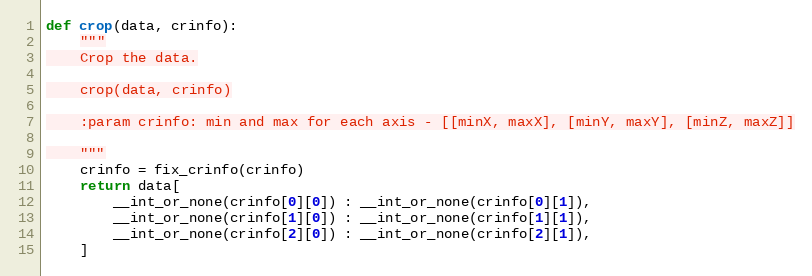
Language: Python
def crop(data, crinfo):
    """
    Crop the data.

    crop(data, crinfo)

    :param crinfo: min and max for each axis - [[minX, maxX], [minY, maxY], [minZ, maxZ]]

    """
    crinfo = fix_crinfo(crinfo)
    return data[
        __int_or_none(crinfo[0][0]) : __int_or_none(crinfo[0][1]),
        __int_or_none(crinfo[1][0]) : __int_or_none(crinfo[1][1]),
        __int_or_none(crinfo[2][0]) : __int_or_none(crinfo[2][1]),
    ]